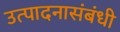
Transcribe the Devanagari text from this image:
उत्पादनासंबंधी